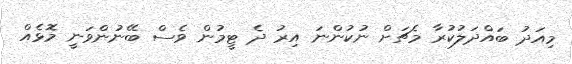
މިއަދު ބައްދަލުކުރާ މެޗަށް ނުކުންނަ އިރު ދެ ޓީމުން ވެސް ބޭނުންވަނީ މޮޅެއް